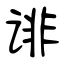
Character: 诽